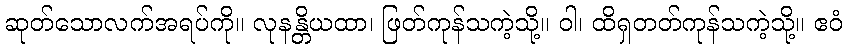
ဆုတ်သောလက်အရပ်ကို။ လုနန္တိယထာ၊ ဖြတ်ကုန်သကဲ့သို့။ ဝါ၊ ထိရှတတ်ကုန်သကဲ့သို့။ ဧဝံ